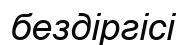
бездіргісі